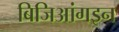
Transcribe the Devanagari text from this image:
बिजिआंगइन